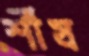
র্শীষ